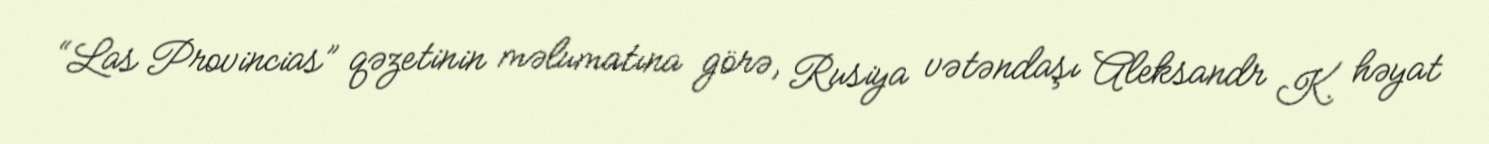
“Las Provincias” qəzetinin məlumatına görə, Rusiya vətəndaşı Aleksandr K. həyat